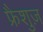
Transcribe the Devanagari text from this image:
फ्रैशुज़